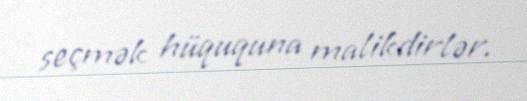
seçmək hüququna malikdirlər.